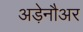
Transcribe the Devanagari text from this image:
अड़ेनौअर